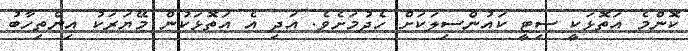
ކޮންމެ އަތޮޅަކީ ސިޓީ ކައުންސިލަކަށް ހެދުމަށެވެ. އަދި އެ އަތޮޅަކުން މޭޔަރަކު އިންތިހާބު